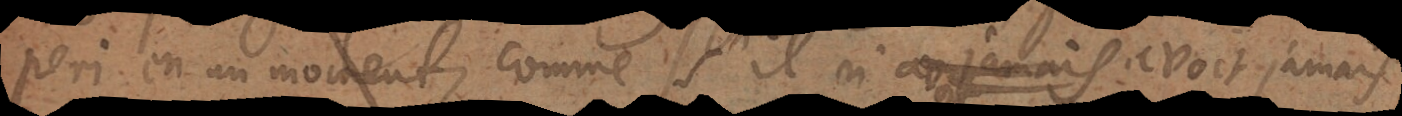
peri en un moment, comme s’il n’avoit jamais